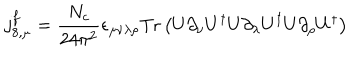
LaTeX: j _ { 8 , \mu } ^ { f } = \frac { N _ { c } } { 2 4 \pi ^ { 2 } } \epsilon _ { \mu \nu \lambda \rho } \mathrm { T r } \left( U \partial _ { \nu } U ^ { \dagger } U \partial _ { \lambda } U ^ { \dagger } U \partial _ { \rho } U ^ { \dagger } \right)